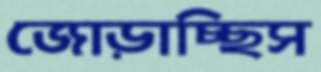
জোড়াচ্ছিস